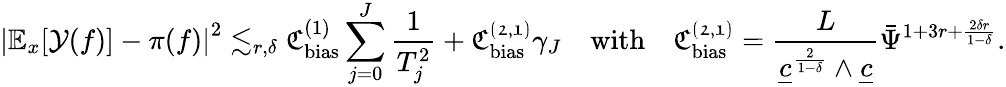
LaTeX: \left|\mathbb{E}_{x}[\mathcal{Y}(f)]-\pi(f)\right|^{2}\lesssim_{r,\delta}\mathfrak{C}_{\mathrm{bias}}^{(1)}\sum_{j=0}^{J}\frac{1}{T_{j}^{2}}+\mathfrak{C_{\mathrm{bias}}^{(2,1)}}\gamma_{J}\quad\textnormal{with}\quad\mathfrak{C_{\mathrm{bias}}^{(2,1)}}=\frac{L}{\underline{{c}}^{\frac{2}{1-\delta}}\wedge\underline{{c}}}\bar{\Psi}^{1+3r+\frac{2\delta r}{1-\delta}}.